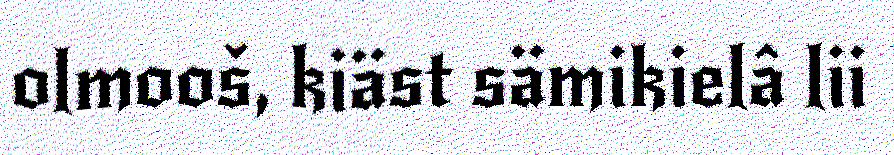
olmooš, kiäst sämikielâ lii